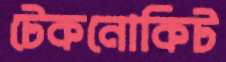
টেকনোকিট